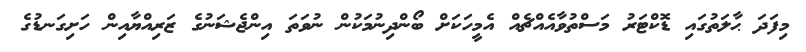
މިފަދަ ޙާލަތުގައި ޑޮކްޓަރު މަސްތުވާއެއްޗެއް އެމީހަކަށް ބޯންދިނުމަކުން ނުވަތަ އިންޖެޝަނުގެ ޒަރިއްޔާއިން ހަށިގަނޑުގެ